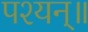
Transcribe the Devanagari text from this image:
पश्यन्॥